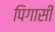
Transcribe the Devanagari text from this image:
पिगासी